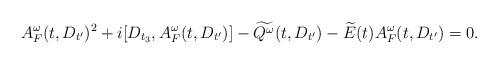
LaTeX: \begin{align*}A^\omega_F(t,D_{t'})^2 +i[D_{t_3},A^\omega_F(t,D_{t'})] - \widetilde{Q^\omega}(t,D_{t'}) - \widetilde{E}(t)A^\omega_F(t,D_{t'}) = 0.\end{align*}